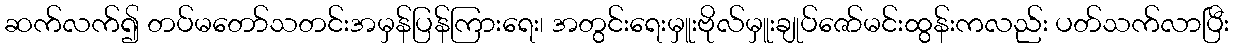
ဆက်လက်၍ တပ်မတော်သတင်းအမှန်ပြန်ကြားရေး၊ အတွင်းရေးမှူးဗိုလ်မှူးချုပ်ဇော်မင်းထွန်းကလည်း ပတ်သက်လာပြီး